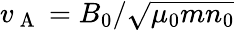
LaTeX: v_{\mathrm{~A~}}=B_{0}/\sqrt{\mu_{0}mn_{0}}